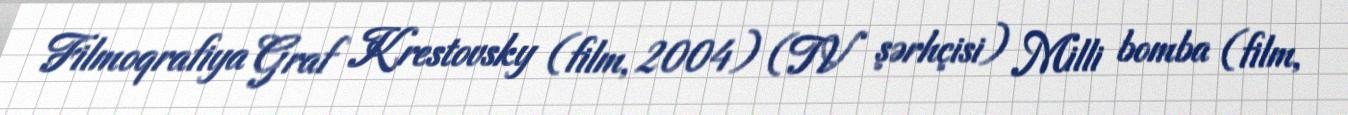
Filmoqrafiya Graf Krestovsky (film, 2004) (TV şərhçisi) Milli bomba (film,